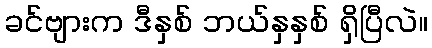
ခင်ဗျားက ဒီနှစ် ဘယ်နှနှစ် ရှိပြီလဲ။